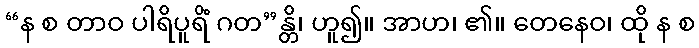
“န စ တာဝ ပါရိပူရိံ ဂတ”န္တိ၊ ဟူ၍။ အာဟ၊ ၏။ တေနေဝ၊ ထို န စ